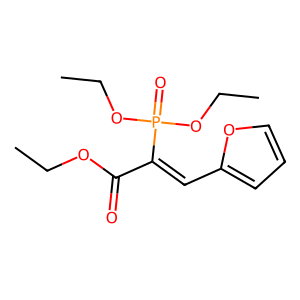
SMILES: CCOC(=O)C(=Cc1ccco1)P(=O)(OCC)OCC
Inhibits HIV replication: No